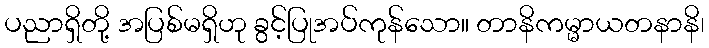
ပညာရှိတို့ အပြစ်မရှိဟု ခွင့်ပြုအပ်ကုန်သော။ တာနိကမ္မာယတနာနိ၊